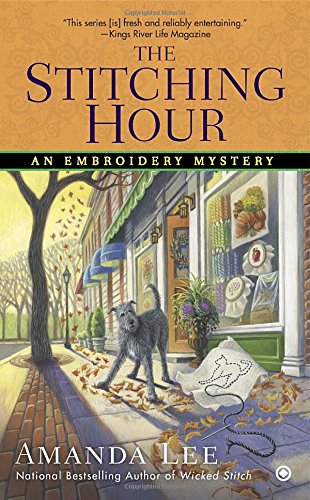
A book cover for The Stitching Hour: An Embroidery Mystery; Amanda Lee; Mystery, Thriller & Suspense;